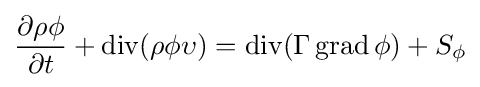
{\frac {\partial \rho \phi }{\partial t}}+\operatorname {div} (\rho \phi \upsilon )=\operatorname {div} (\Gamma \operatorname {grad} \phi )+S_{\phi }